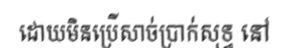
ដោយមិនប្រើសាច់ប្រាក់សុទ្ធ នៅ